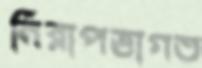
নিরাপত্তাগত